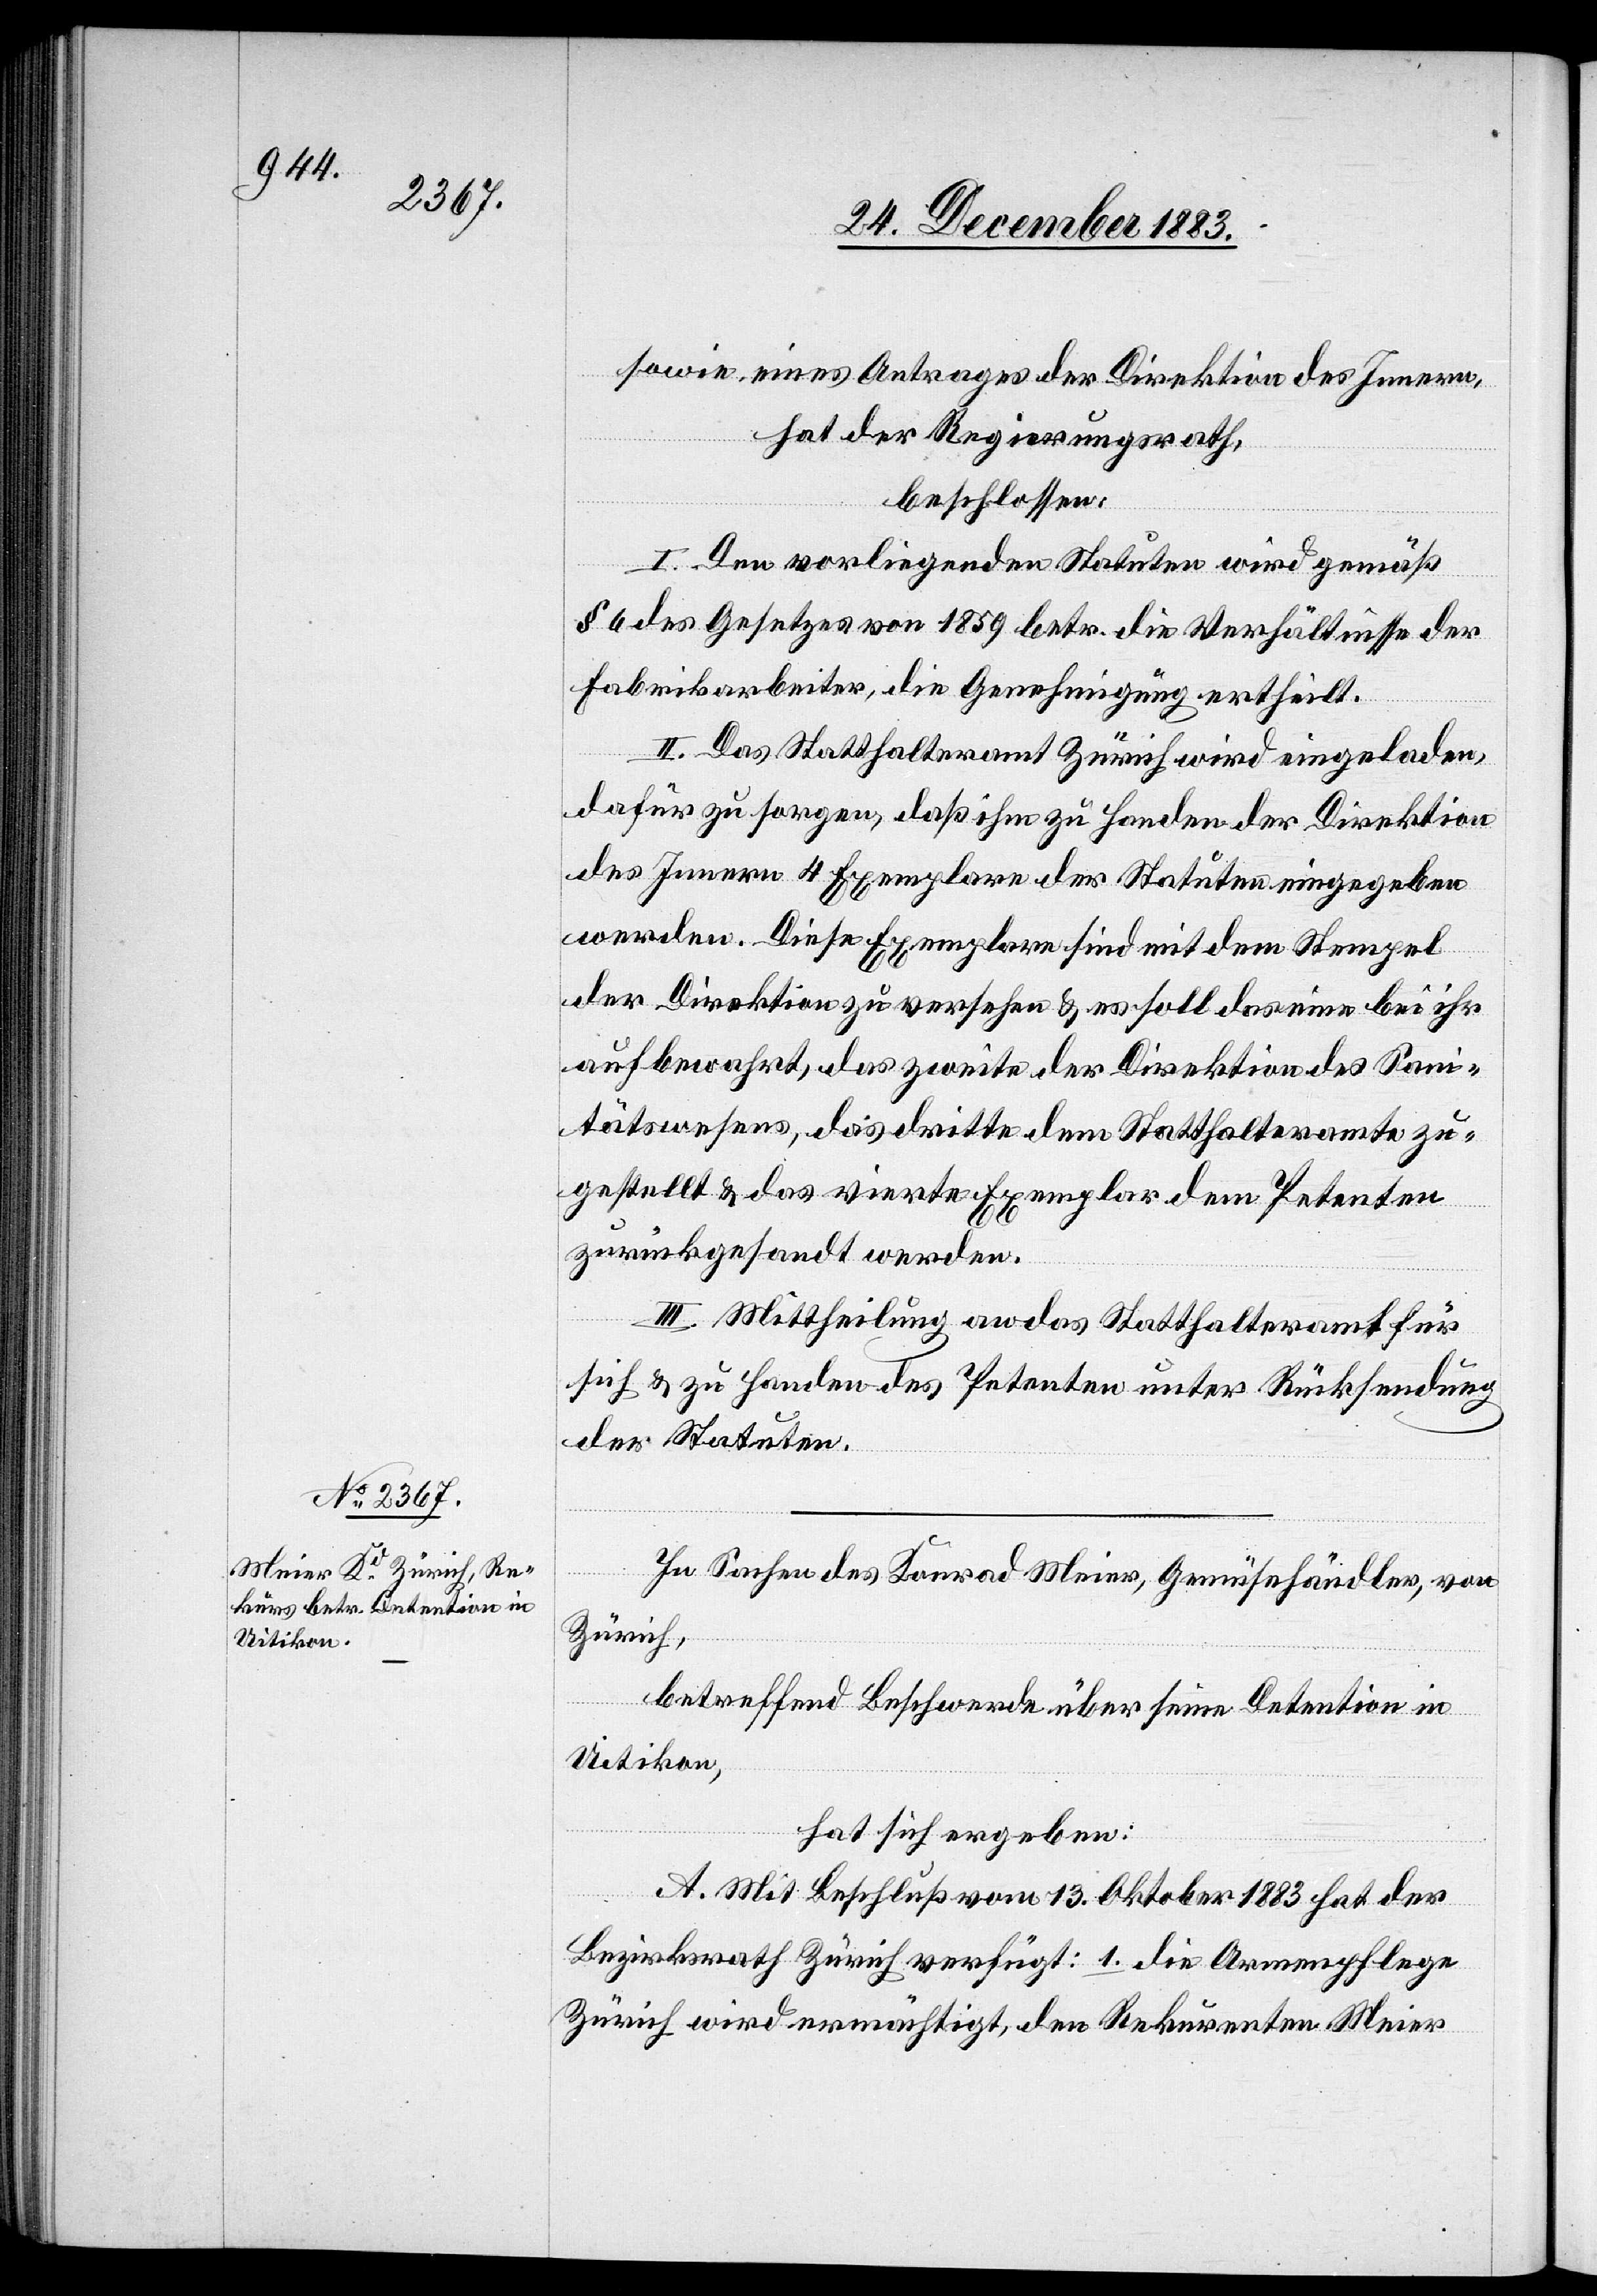
sowie, eines Antrages der Direktion des Innern,
hat der Regierungsrath,
beschlossen:
I. Den vorliegenden Statuten wird gemäß
§ 6 des Gesetzes von 1859 betr. die Verhältnisse der
Fabrikarbeiter, die Genehmigung ertheilt.
II. Das Statthalteramt Zürich wird eingeladen,
dafür zu sorgen, daß ihm zu Handen der Direktion
des Innern 4 Exemplare der Statuten eingegeben
werden. Diese Exemplare sind mit dem Stempel
der Direktion zu versehen & es soll das eine bei ihr
aufbewahrt, das zweite der Direktion des Sani¬
tätswesens, das dritte dem Statthalteramte zu¬
gestellt & das vierte Exemplar dem Petenten
zurückgesandt werden.
III. Mittheilung an das Statthalteramt für
sich & zu Handen des Petenten unter Rücksendung
der Statuten.
In Sachen des Konrad Meier, Gemüsehändler, von
Zürich,
betreffend Beschwerde über seine Detention in
Uitikon,
hat sich ergeben:
A. Mit Beschluß vom 13. Oktober 1883 hat der
Bezirksrath Zürich verfügt: 1. die Armenpflege
Zürich wird ermächtigt, den Rekurrenten Meier